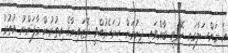
އެ މައްސަލާގައި ކޮމިޓީ ބާއްވައި ދިނުމަށް ހުށަހެޅުއްވީ ރޮޒައިނާގެ އިތުރުން މާފަންނު އުތުރު